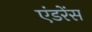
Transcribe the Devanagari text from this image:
एंडरेंस